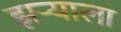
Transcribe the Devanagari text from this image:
झऱ्याला